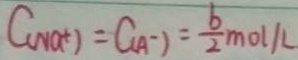
C _ { ( N a ^ { + } ) } = C _ { ( A ^ { - } ) } = \frac { b } { 2 } m o l / L